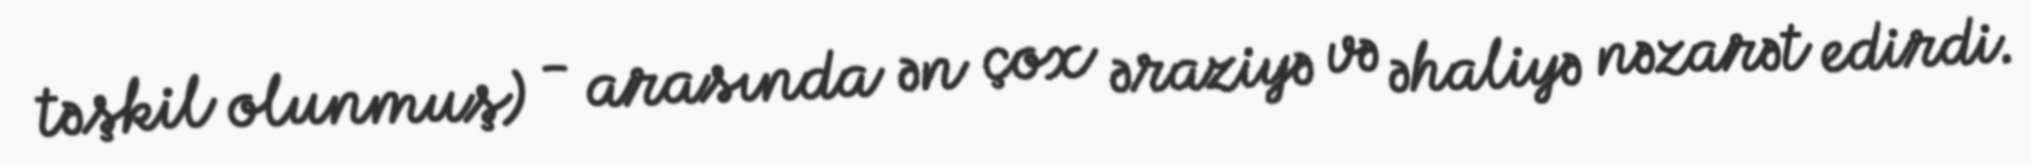
təşkil olunmuş) - arasında ən çox əraziyə və əhaliyə nəzarət edirdi.